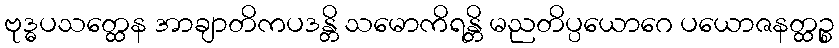
ဗုဒ္ဓပသတ္ထေန အာချာတိကပဒန္တိ သမောကိရန္တိ မညတိပ္ပယောဂေ ပယောဇနတ္ထဉ္စ